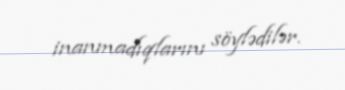
inanmadıqlarını söylədilər.